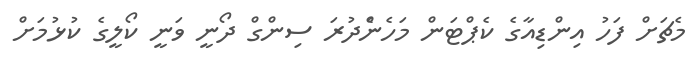
މެޗަށް ފަހު އިންޑިއާގެ ކެޕްޓަން މަހެންެދުރަ ސިންގް ދޯނީ ވަނީ ކޯލީގެ ކުޅުމަށް